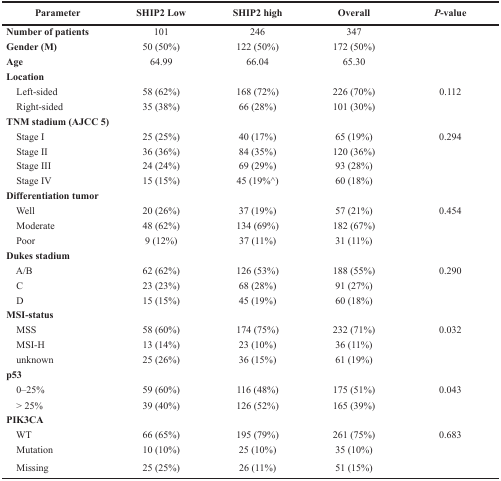
<table><thead><tr><td><b>Parameter</b></td><td><b>SHIP2 Low</b></td><td><b>SHIP2 high</b></td><td><b>Overall</b></td><td><b><i>P</i>-value</b></td></tr></thead><tbody><tr><td><b>Number of patients</b></td><td>101</td><td>246</td><td>347</td><td></td></tr><tr><td><b>Gender (M)</b></td><td>50 (50%)</td><td>122 (50%)</td><td>172 (50%)</td><td></td></tr><tr><td><b>Age</b></td><td>64.99</td><td>66.04</td><td>65.30</td><td></td></tr><tr><td><b>Location</b></td><td></td><td></td><td></td><td></td></tr><tr><td> Left-sided</td><td>58 (62%)</td><td>168 (72%)</td><td>226 (70%)</td><td>0.112</td></tr><tr><td> Right-sided</td><td>35 (38%)</td><td>66 (28%)</td><td>101 (30%)</td><td></td></tr><tr><td><b>TNM stadium (AJCC 5)</b></td><td></td><td></td><td></td><td></td></tr><tr><td> Stage I</td><td>25 (25%)</td><td>40 (17%)</td><td>65 (19%)</td><td>0.294</td></tr><tr><td> Stage II</td><td>36 (36%)</td><td>84 (35%)</td><td>120 (36%)</td><td></td></tr><tr><td> Stage III</td><td>24 (24%)</td><td>69 (29%)</td><td>93 (28%)</td><td></td></tr><tr><td> Stage IV</td><td>15 (15%)</td><td>45 (19%^)</td><td>60 (18%)</td><td></td></tr><tr><td><b>Differentiation tumor</b></td><td></td><td></td><td></td><td></td></tr><tr><td> Well</td><td>20 (26%)</td><td>37 (19%)</td><td>57 (21%)</td><td>0.454</td></tr><tr><td> Moderate</td><td>48 (62%)</td><td>134 (69%)</td><td>182 (67%)</td><td></td></tr><tr><td> Poor</td><td>9 (12%)</td><td>37 (11%)</td><td>31 (11%)</td><td></td></tr><tr><td><b>Dukes stadium</b></td><td></td><td></td><td></td><td></td></tr><tr><td> A/B</td><td>62 (62%)</td><td>126 (53%)</td><td>188 (55%)</td><td>0.290</td></tr><tr><td> C</td><td>23 (23%)</td><td>68 (28%)</td><td>91 (27%)</td><td></td></tr><tr><td> D</td><td>15 (15%)</td><td>45 (19%)</td><td>60 (18%)</td><td></td></tr><tr><td><b>MSI-status</b></td><td></td><td></td><td></td><td></td></tr><tr><td> MSS</td><td>58 (60%)</td><td>174 (75%)</td><td>232 (71%)</td><td>0.032</td></tr><tr><td> MSI-H</td><td>13 (14%)</td><td>23 (10%)</td><td>36 (11%)</td><td></td></tr><tr><td> unknown</td><td>25 (26%)</td><td>36 (15%)</td><td>61 (19%)</td><td></td></tr><tr><td><b>p53</b></td><td></td><td></td><td></td><td></td></tr><tr><td> 0–25%</td><td>59 (60%)</td><td>116 (48%)</td><td>175 (51%)</td><td>0.043</td></tr><tr><td> &gt; 25%</td><td>39 (40%)</td><td>126 (52%)</td><td>165 (39%)</td><td></td></tr><tr><td><b>PIK3CA</b></td><td></td><td></td><td></td><td></td></tr><tr><td> WT</td><td>66 (65%)</td><td>195 (79%)</td><td>261 (75%)</td><td>0.683</td></tr><tr><td> Mutation</td><td>10 (10%)</td><td>25 (10%)</td><td>35 (10%)</td><td></td></tr><tr><td> Missing</td><td>25 (25%)</td><td>26 (11%)</td><td>51 (15%)</td><td></td></tr></tbody></table>